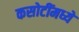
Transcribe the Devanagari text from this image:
कसोटींमध्ये